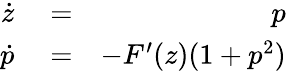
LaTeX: \begin{array}{rlr}{\dot{z}}&{{}=}&{p}\\ {\dot{p}}&{{}=}&{-F^{\prime}(z)(1+p^{2})}\end{array}